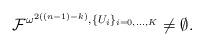
LaTeX: \begin{align*}\mathcal{F}^{\omega^{2((n-1)-k)},\{U_i\}_{i=0,\dots,K}}\neq\emptyset.\end{align*}